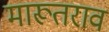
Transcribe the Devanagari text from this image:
मारूतराव